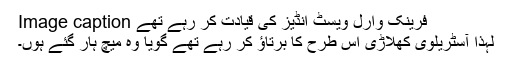
Image caption فرینک وارل ویسٹ انڈیز کی قیادت کر رہے تھے
لہذا آسٹریلوی کھلاڑی اس طرح کا برتاؤ کر رہے تھے گویا وہ میچ ہار گئے ہوں۔